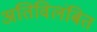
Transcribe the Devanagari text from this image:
अतिविलंबित